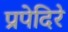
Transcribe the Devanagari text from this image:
प्रपेदिरे